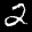
Label: 2